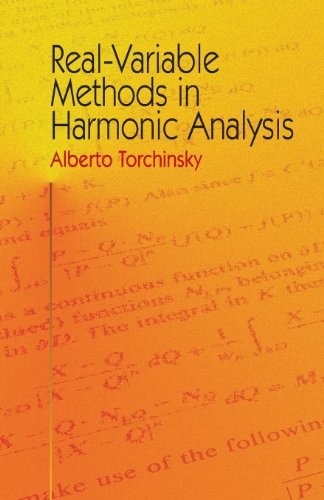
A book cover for Real-Variable Methods in Harmonic Analysis (Dover Books on Mathematics); Alberto Torchinsky; Science & Math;